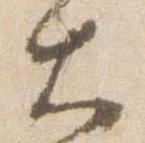
大